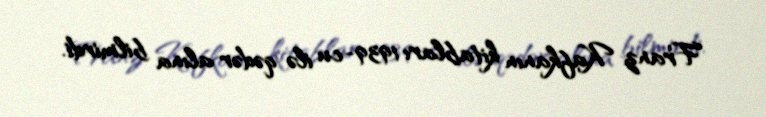
Franz Kafkanın kitabları 1939-cu ilə qədər alına bilmirdi.